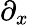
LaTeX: \partial_{x}